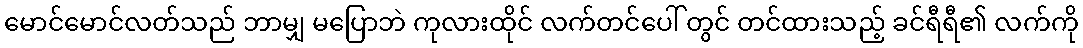
မောင်မောင်လတ်သည် ဘာမျှ မပြောဘဲ ကုလားထိုင် လက်တင်ပေါ် တွင် တင်ထားသည့် ခင်ရီရီ၏ လက်ကို